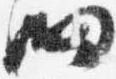
細